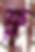
ফ্ল্